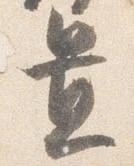
置